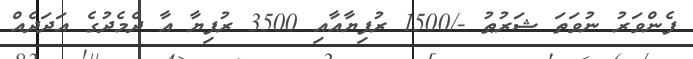
ފެންވަރު ނުވަތަ ޝަރުޠު -/1500 ރުފިޔާއާއި 3500 ރުފިޔާ އާ ދެމެދުގެ އަދަދެއް